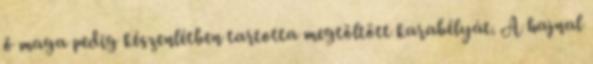
ő maga pedig készenlétben tartotta megtöltött karabélyát. A hajnal